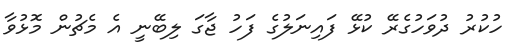
ހުކުރު ދުވަހުގެރޭ ކުޅޭ ފައިނަލުގެ ފަހު ޖާގަ ލިބޭނީ އެ މެޗުން މޮޅުވާ